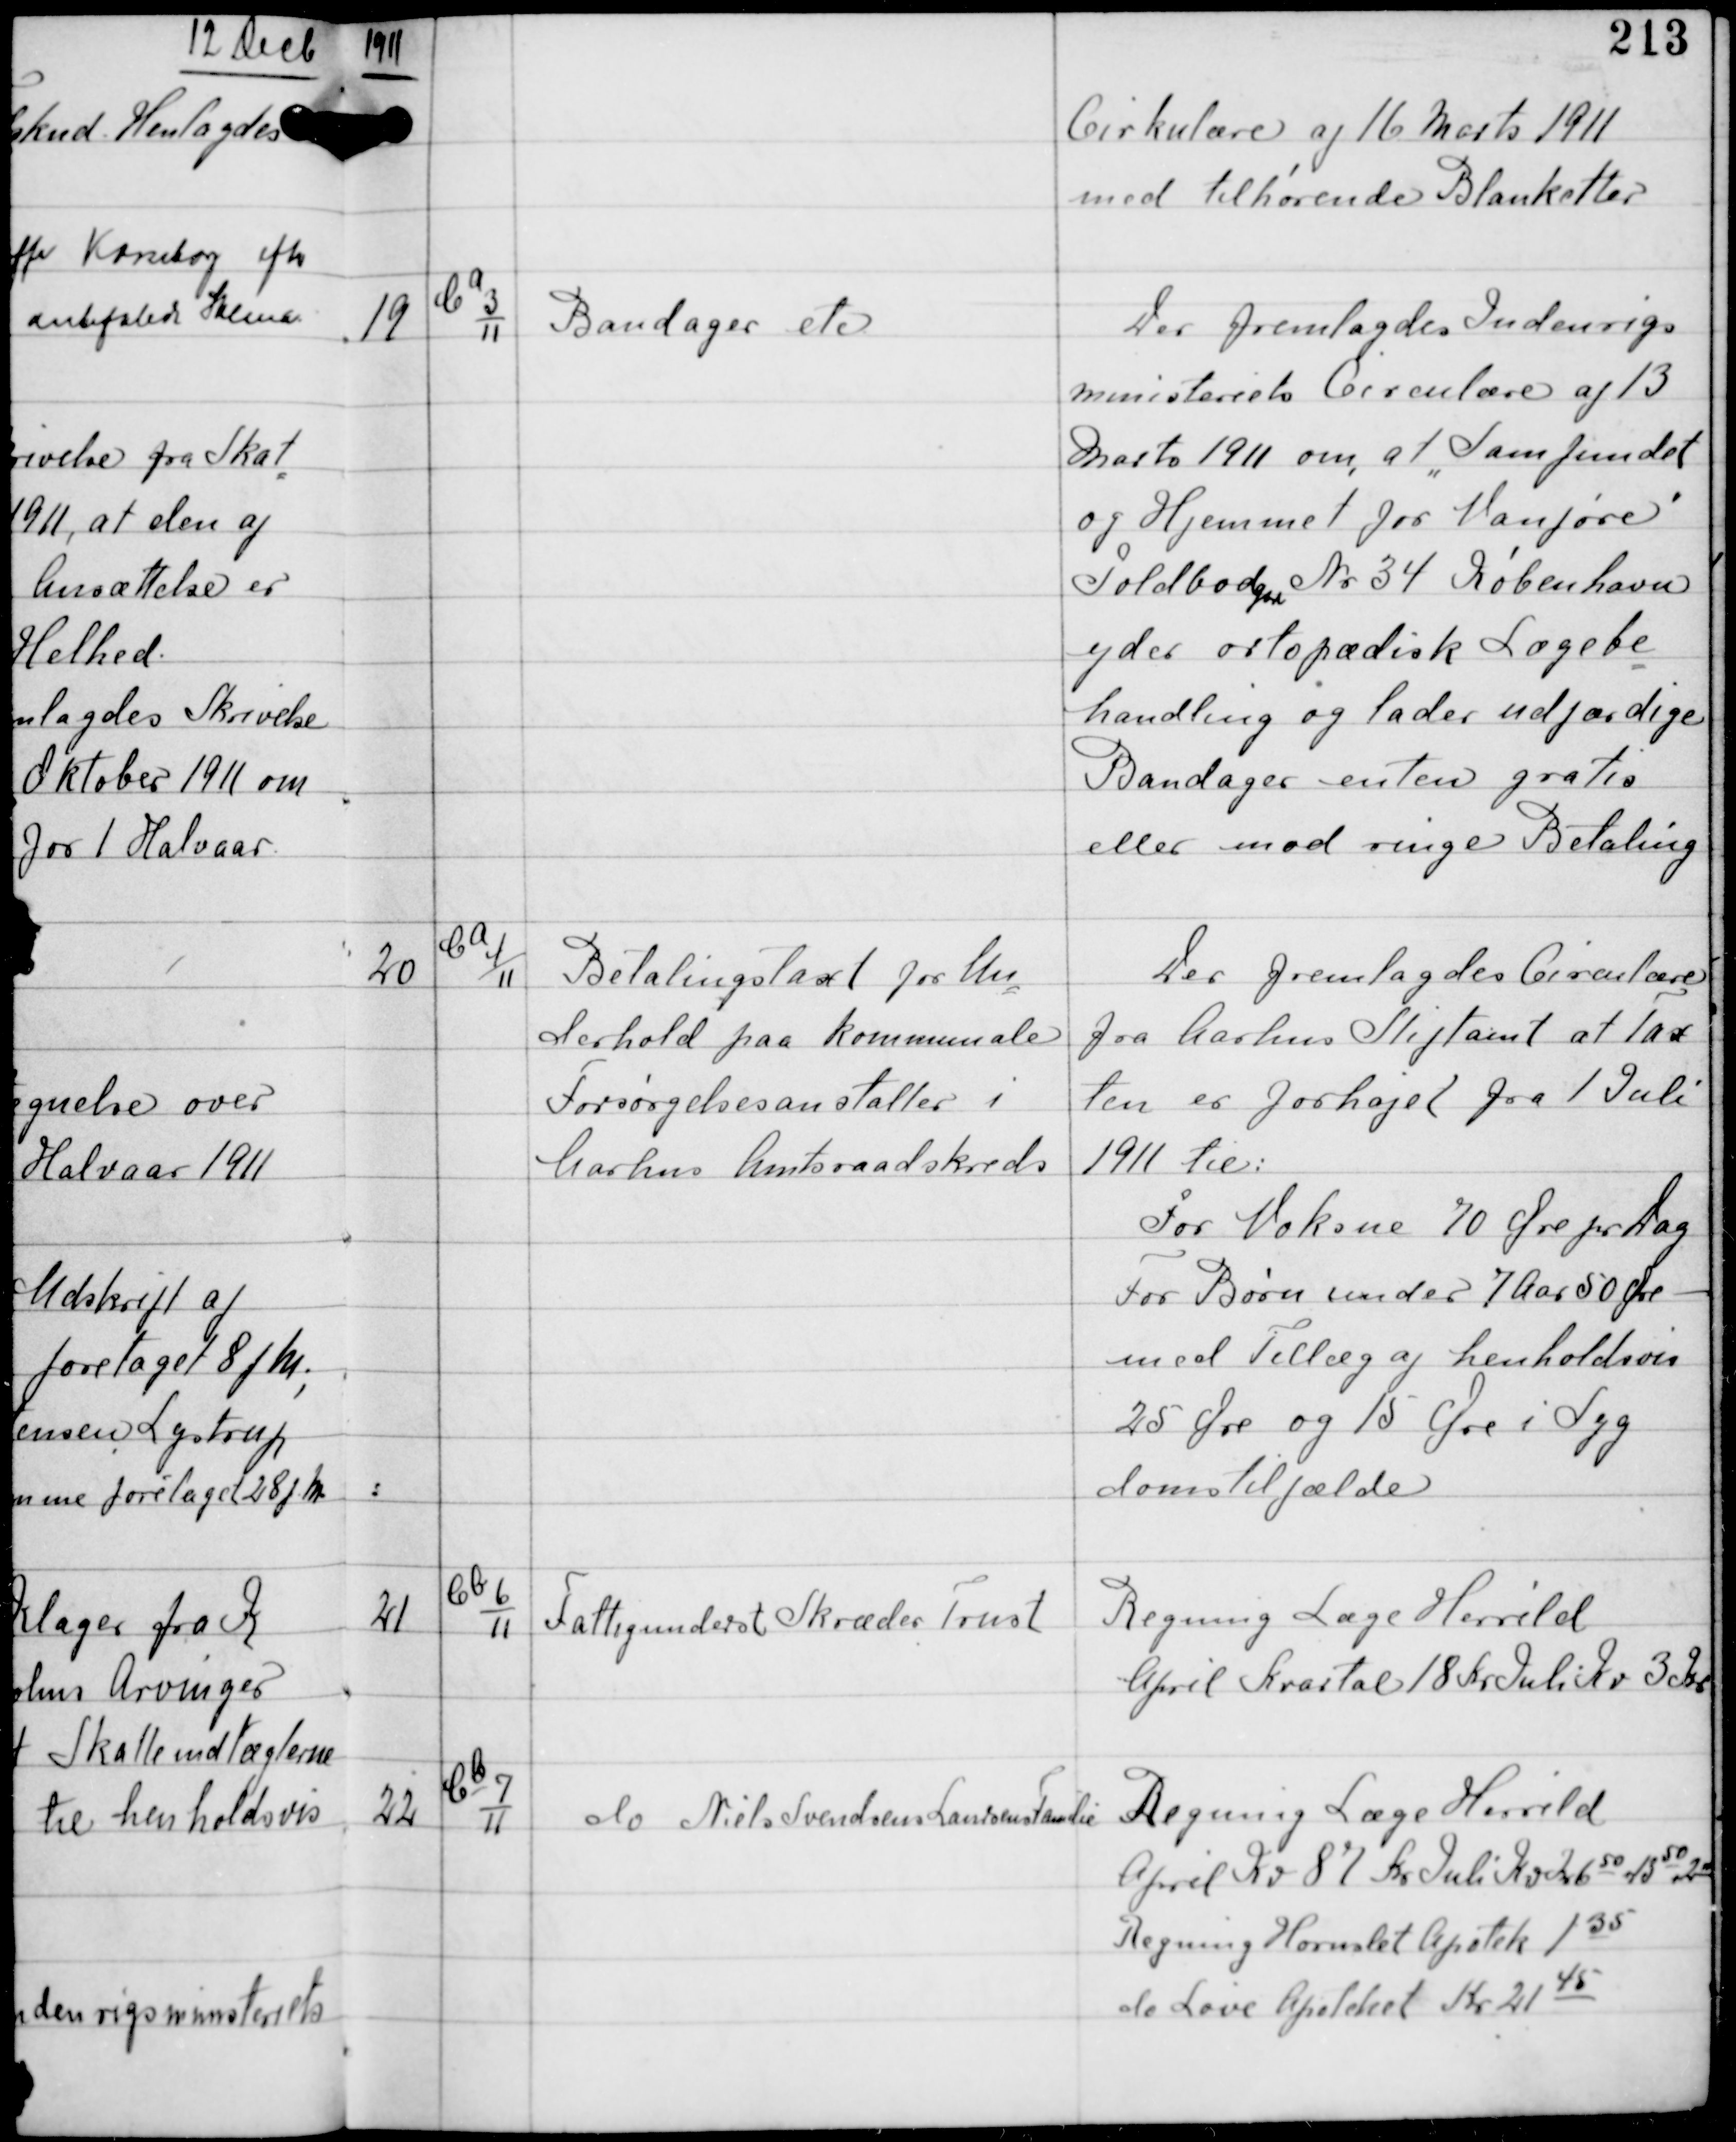
Transskription:
1911

Cirkulære af 16 Marts 1911
med tilhørende Blanketter

19

Ca
3
11

Bandager etc

Der fremlagdes Indenrigs
ministeriets Circulære af 13
Marts 1911 om, at Samfundet
og Hjemmet for Vanføre
Toldboden Nr 34 København
yder ortopædisk Lægebe
handling og lader udfærdige
Bandager enten gratis
eller mod ringe Betaling

20

Ca
4
11

Betalingsl for Un-
derhold paa kommunale
Forsørgelsesanstalter i
Aarhus Amtsraadskreds

Der fremlagdes Circulære
fra Aarhus Stiftamt at lax
ten er forhøjet fra 1 Juli
1911 til:
For Voksne 70 Øre pr Dag
For Børn under 7 Aar 50 Øre
mod Tillæg af henholdsvis
25 Øre og 15 Øre i Syg
domstilfælde

21

Cb
6
11

Fattigunderst Skræder Trust

Regning Læge Herrild
April Kvartal 18 Kr Juli Kv 3 Kr

22

Cb
7
11

do Niels Svendsens Laursens Familie

Regning Læge Herrild
April Kv 87 Kr Juli Kv Kr 650 + 1350 + 200
Regning Hornslet Apotek 135
do Løve Apoteket Kr 2145